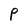
Character: P